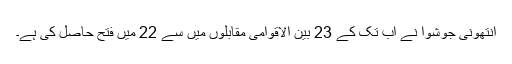
انتھونی جوشوا نے اب تک کے 23 بین الاقوامی مقابلوں میں سے 22 میں فتح حاصل کی ہے۔